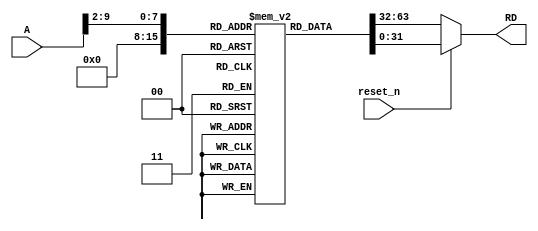
module insruction_memory
#(parameter depth = 8)(
input reset_n ,
input [31:0]A,
output reg [31:0]RD
);

reg [31:0] ins_mem [0:2**depth-1] ;

initial
  begin
/***************************************** sum operation *******************************************/
/*** hi level code *************mips assembly code *************************** machin code *********/
 /* int x = 10 ;                 addi $s0,$0,10      */           //ins_mem[0] = 32'h2010000A ;  
 /* int y = 20 ;                 addi $s1,$0,20      */           //ins_mem[1] = 32'h20110014 ;
 /* int z ;                      addi $s2,$0,0       */           //ins_mem[2] = 32'h20120000 ;    
 /* z = x + y ;                  add $s2,$s0,$s1     */           //ins_mem[3] = 32'h02119020 ;  
 /*                              sw $s2,$0,0         */           //ins_mem[4] = 32'hAC120000 ;       
/***************************************************************************************************/

/********************************* sum of number under 6 *******************************************/
/*** hi level code *************mips assembly code *************************** machin code *********/
 /* int i = 0 ;                  addi $t0,$0,0       */           ins_mem[0] = 32'h20080000 ;
 /* int sum = 0 ;                addi $s0,$0,0       */           ins_mem[1] = 32'h20100000 ;
 /* int num = 6 ;                addi $t1,$0,6       */           ins_mem[2] = 32'h20090006 ;
 /* for(i=0,i<num,i=i+1)         beq $t0,$t1,7       */           ins_mem[3] = 32'h11090007 ;
 /*   sum = sum + i ;            add $s0,$s0,$t0     */           ins_mem[4] = 32'h02088020 ;
 /*                              addi $t0,$t0,1      */           ins_mem[5] = 32'h21080001 ;
 /*                              j : 3               */           ins_mem[6] = 32'h08000003 ;
 /*                              sw $s0,$0,0         */           ins_mem[7] = 32'hAC100000 ;
/***************************************************************************************************/

/***************************** testing ssl and sllv *******************************************/
/*** hi level code *************mips assembly code *************************** machin code *********/
 /* int x = 10 ;                 addi $s0,$0,10      */           //ins_mem[0] = 32'h2010000A ;
 /* int y ;                      addi $s1,$0,0       */           //ins_mem[1] = 32'h20110000 ;
 /* y = x << 2 ;                 sll $s1,$s0,2       */           //ins_mem[2] = 32'h02008880 ;
 /* //storing y to memory        sw $s1,$0,0         */           //ins_mem[3] = 32'hAC110000 ;
 /* int a = 3 ;                  addi $t0,$0,3       */           //ins_mem[4] = 32'h20080003 ;
 /* int b = 20 ;                 addi $s2,$0,20      */           //ins_mem[5] = 32'h20120014 ;
 /* int c = 0 ;                  addi $s3,$0,0       */           //ins_mem[6] = 32'h20130000 ;
 /* c = b << a ;                 sllv $s3,$s2,$t0    */           //ins_mem[7] = 32'h02489804 ;
 /* //storing c to memory        sw $s3,$0,0         */           //ins_mem[8] = 32'hAC130000 ;
/***************************************************************************************************/

  end

always@(*)
  begin
    if(!reset_n)
       RD <= ins_mem[0] ;
    else
       RD <= ins_mem[A>>2] ;
  end

endmodule